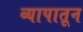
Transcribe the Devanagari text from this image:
व्यापातून